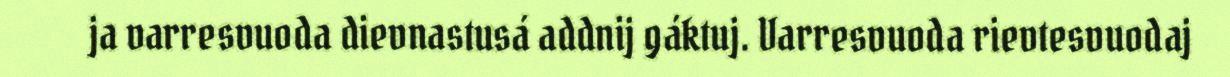
ja varresvuoda dievnastusá addnij gáktuj. Varresvuoda rievtesvuodaj